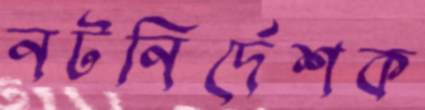
নটনির্দেশক